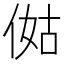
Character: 㑬